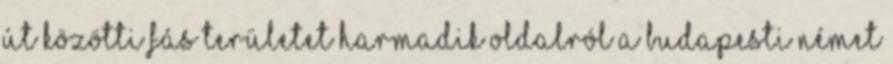
út közötti fás területet harmadik oldalról a Budapesti Német